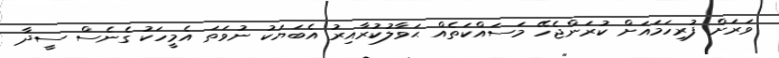
ވަރަށް ފުރިހަމައަށް ކުރަންޖެހޭ މަސައްކަތެއް ޙަވާލުކުރާއިރު އެބަޔަކު ނުވަތަ އެމީހަކު ގެނެސް ސީދާ